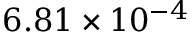
6 . 8 1 \times 1 0 ^ { - 4 }